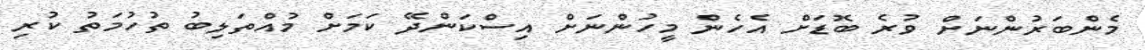
މެންބަރުންނަށް ވުރެ ބޮޑަށް އެހެން މީހުންނަށް އިސްކަންދޭ ކަމަށް މުއްތަލިބު ތުހުމަތު ކުރި